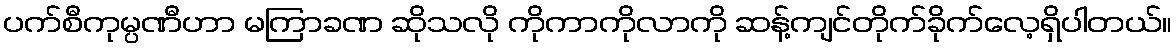
ပက်စီကုမ္ပဏီဟာ မကြာခဏ ဆိုသလို ကိုကာကိုလာကို ဆန့်ကျင်တိုက်ခိုက်လေ့ရှိပါတယ်။